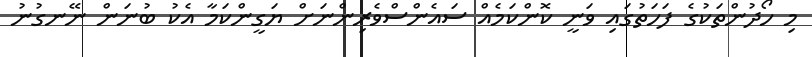
މި ހޯދުންތަކުގެ ފަހަތުގައި ވަނީ ކޮންކަމެއް ސައެންސްވެރިންނަށް ޔަގީންކަމާ އެކު ބުނަން ނޭނގުނު